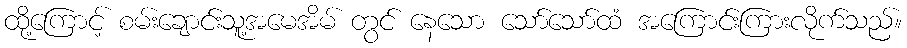
ထို့ကြောင့် စမ်းချောင်းသူ့အမေအိမ် တွင် နေသော သော်သော်ထံ အကြောင်းကြားလိုက်သည်။